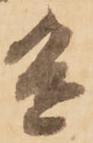
進